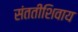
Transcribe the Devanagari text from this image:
संततीशिवाय